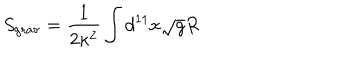
S _ { \mathrm { g r a v } } = \frac { 1 } { 2 \kappa ^ { 2 } } \int d ^ { 1 1 } x \sqrt { g } R